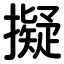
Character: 擬